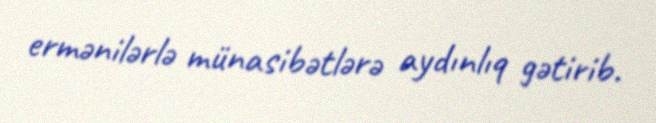
ermənilərlə münasibətlərə aydınlıq gətirib.